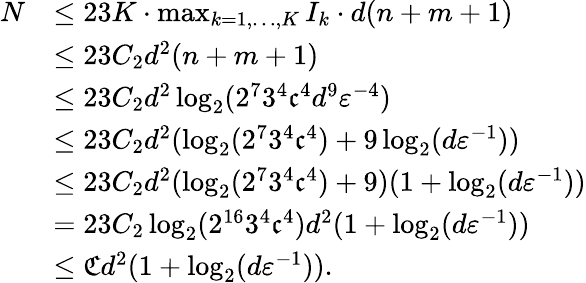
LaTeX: \begin{array}{rl}{N}&{\leq 23K\cdot\operatorname*{max}_{k=1,\ldots,K}I_{k}\cdot d(n+m+1)}\\ &{\leq 23C_{2}d^{2}(n+m+1)}\\ &{\leq 23C_{2}d^{2}\log_{2}(2^{7}3^{4}\mathfrak{c}^{4}d^{9}{\varepsilon}^{-4})}\\ &{\leq 23C_{2}d^{2}(\log_{2}(2^{7}3^{4}\mathfrak{c}^{4})+9\log_{2}(d{\varepsilon}^{-1}))}\\ &{\leq 23C_{2}d^{2}(\log_{2}(2^{7}3^{4}\mathfrak{c}^{4})+9)(1+\log_{2}(d{\varepsilon}^{-1}))}\\ &{=23C_{2}\log_{2}(2^{16}3^{4}\mathfrak{c}^{4})d^{2}(1+\log_{2}(d{\varepsilon}^{-1}))}\\ &{\leq\mathfrak{C}d^{2}(1+\log_{2}(d{\varepsilon}^{-1})).}\end{array}